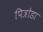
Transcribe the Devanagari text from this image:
पित्रोडा